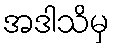
အဒါသိမှ